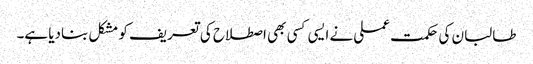
طالبان کی حکمت عملی نے ایسی کسی بھی اصطلاح کی تعریف کو مشکل بنادیا ہے۔